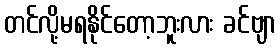
တင်လို့မရနိုင်တော့ဘူးလား ခင်ဗျာ